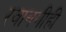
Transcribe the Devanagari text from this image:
रवानगीही